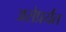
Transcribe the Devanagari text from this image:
असेप्रर्यंत